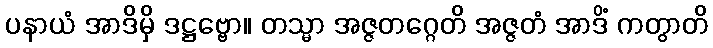
ပနာယံ အာဒိမှိ ဒဋ္ဌဗ္ဗော။ တသ္မာ အဇ္ဇတဂ္ဂေတိ အဇ္ဇတံ အာဒိံ ကတွာတိ